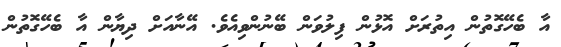
އާ ބެހޭގޮތުން އިތުރަށް އޮޅުން ފިލުވަން ބޭނުންވިއެވެ. އޭނާއަށް ދިޔާން އާ ބެހޭގޮތުން